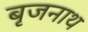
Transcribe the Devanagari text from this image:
बृजनाथ